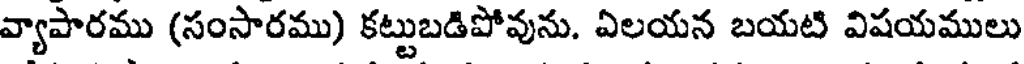
వ్యాపారము (సంసారము) కట్టుబడిపోవును. ఏలయన బయటి విషయములు